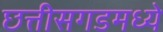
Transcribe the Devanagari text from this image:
छत्तीसगडमध्ये